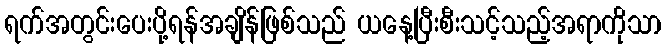
ရက်အတွင်းပေးပို့ရန်အချိန်ဖြစ်သည် ယနေ့ပြီးစီးသင့်သည့်အရာကိုသာ